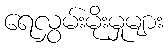
ရေလွှမ်းမိုးမှုများ